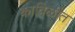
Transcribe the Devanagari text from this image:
काविळीत